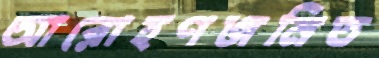
আরোহণজনিত